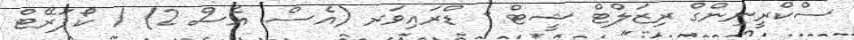
ސްކްރީނިންގް ރިޒަލްޓް ޝީޓް - ޑްރައިވަރ (އެސް. އެސް 2) / ކޯޕަރޭޓް